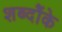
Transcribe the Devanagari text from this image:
शब्दौंके